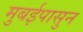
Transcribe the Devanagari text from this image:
मुबईपासुन